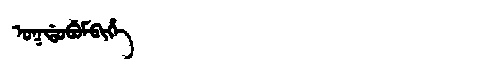
Manchu: ᠣᡴᡩᠣᠪᡠᠮᠪᡳᡥᡝ
Romanization: OKDOBUMBIHE